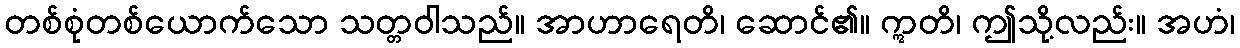
တစ်စုံတစ်ယောက်သော သတ္တဝါသည်။ အာဟာရေတိ၊ ဆောင်၏။ ဣတိ၊ ဤသို့လည်း။ အဟံ၊